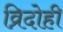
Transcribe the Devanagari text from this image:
व्रिदोही